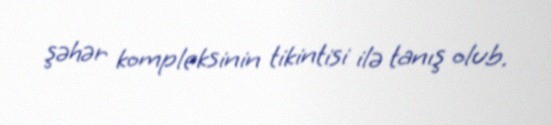
şəhər kompleksinin tikintisi ilə tanış olub.